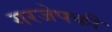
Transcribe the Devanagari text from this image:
गरजेपकी